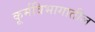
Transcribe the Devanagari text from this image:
कूर्मविभागातील